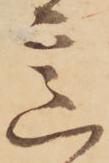
意